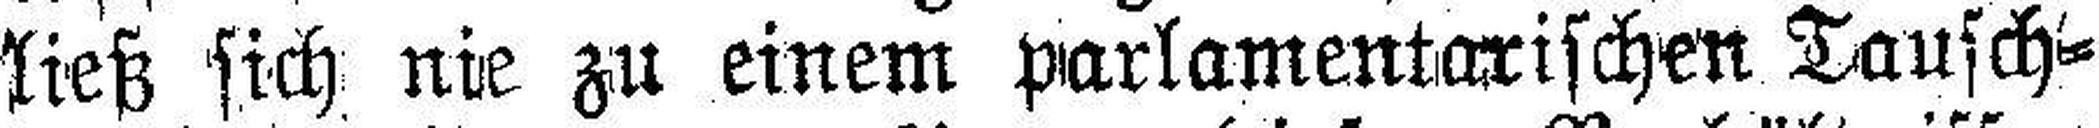
ließ sich nie zu einem parlamentarischen Tausch¬